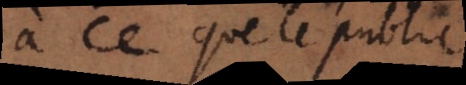
à ce que le public